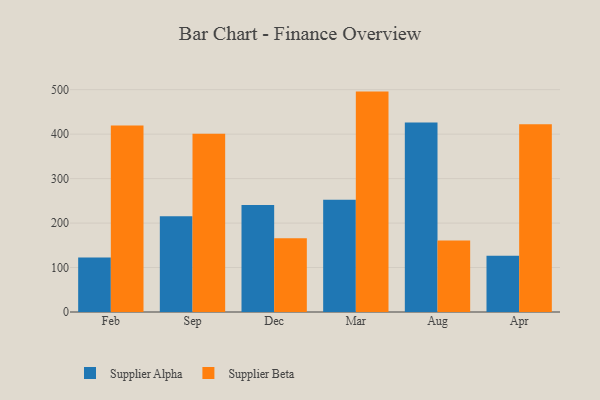
{"axis": {"x": "Month", "y": "Waste Production (Tons)"}, "legend": ["Supplier Alpha", "Supplier Beta"], "data": [{"x": "Feb", "y": 122.6, "type": "Supplier Alpha"}, {"x": "Feb", "y": 419.2, "type": "Supplier Beta"}, {"x": "Sep", "y": 215.3, "type": "Supplier Alpha"}, {"x": "Sep", "y": 400.7, "type": "Supplier Beta"}, {"x": "Dec", "y": 240.4, "type": "Supplier Alpha"}, {"x": "Dec", "y": 165.8, "type": "Supplier Beta"}, {"x": "Mar", "y": 252.5, "type": "Supplier Alpha"}, {"x": "Mar", "y": 495.7, "type": "Supplier Beta"}, {"x": "Aug", "y": 426.3, "type": "Supplier Alpha"}, {"x": "Aug", "y": 160.7, "type": "Supplier Beta"}, {"x": "Apr", "y": 126.7, "type": "Supplier Alpha"}, {"x": "Apr", "y": 422.3, "type": "Supplier Beta"}]}